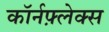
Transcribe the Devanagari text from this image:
कॉर्नफ़्लेक्स